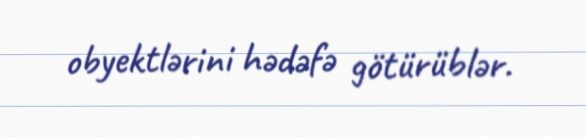
obyektlərini hədəfə götürüblər.